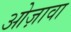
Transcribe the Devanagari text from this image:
ओज़ावा